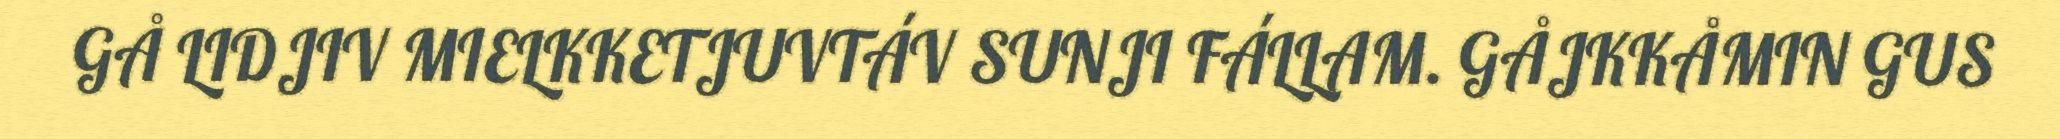
GÅ LIDJIV MIELKKETJUVTÁV SUNJI FÁLLAM. GÅJKKÅMIN GUS